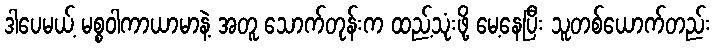
ဒါပေမယ့် မစ္စဝါကာယာမာနဲ့ အတူ သောက်တုန်းက ထည့်သုံးဖို့ မေ့နေပြီး သူတစ်ယောက်တည်း